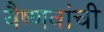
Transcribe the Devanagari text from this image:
वैष्णवांची